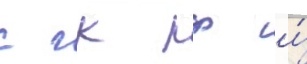
с гк рф и́